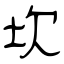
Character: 坎